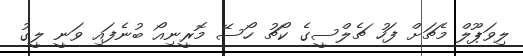
ލިވަޕޫލް މެޗަށް ފަހު ޗެލްސީގެ ކޯޗު ހޯސޭ މޮރީނިއޯ ބުނެފައި ވަނީ ލީގު